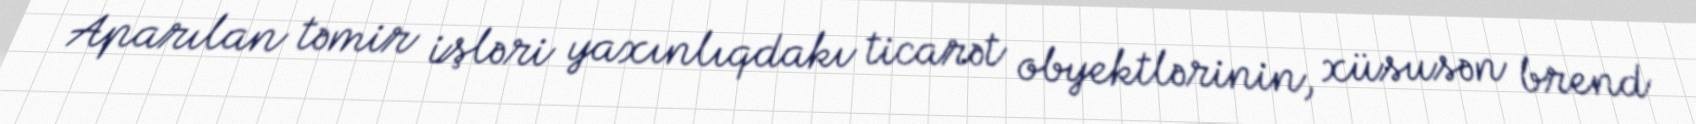
Aparılan təmir işləri yaxınlıqdakı ticarət obyektlərinin, xüsusən brend